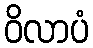
ဝိလာပံ